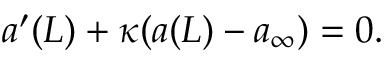
\begin{array} { r } { { a } ^ { \prime } ( L ) + \kappa ( { a } ( L ) - { a } _ { \infty } ) = 0 . } \end{array}